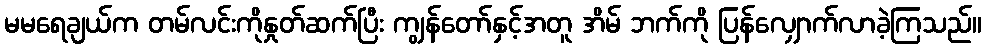
မမရေချယ်က တမ်လင်းကိုနှုတ်ဆက်ပြီး ကျွန်တော်နှင့်အတူ အိမ် ဘက်ကို ပြန်လျှောက်လာခဲ့ကြသည်။